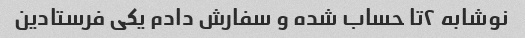
نوشابه ۲تا حساب شده و سفارش دادم یکی فرستادین